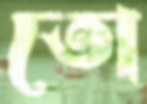
তো